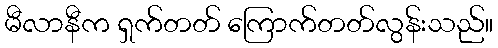
မီလာနီက ရှက်တတ် ကြောက်တတ်လွန်းသည်။